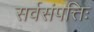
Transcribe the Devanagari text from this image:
सर्वसंपत्तिः